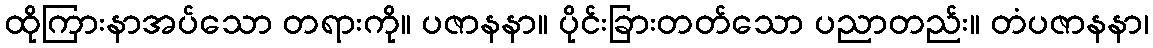
ထိုကြားနာအပ်သော တရားကို။ ပဇာနနာ။ ပိုင်းခြားတတ်သော ပညာတည်း။ တံပဇာနနာ၊